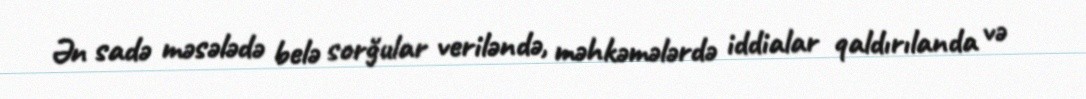
Ən sadə məsələdə belə sorğular veriləndə, məhkəmələrdə iddialar qaldırılanda və